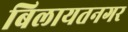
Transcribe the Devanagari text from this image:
बिलायतनगर